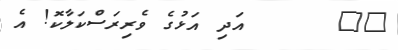
٩٨      އަދި އަޅުގެ ވެރިރަސްކަލާކޮ! އެ